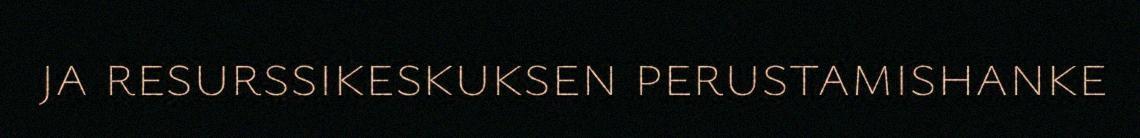
ja resurssikeskuksen perustamishanke